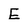
Character: E